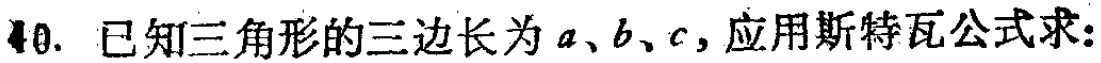
40. 已知三角形的三边长为\(a、b、c\)，应用斯特瓦公式求：